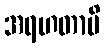
အရဟတာပိ